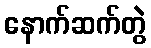
နောက်ဆက်တွဲ